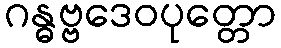
ဂန္ဓဗ္ဗဒေဝပုတ္တော